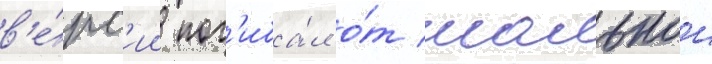
в'е́рс'ии пог'иба́л о́т шальнои